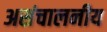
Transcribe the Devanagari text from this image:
असंचालनीय